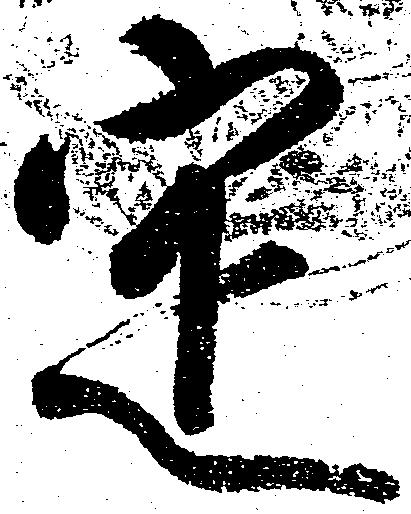
定